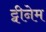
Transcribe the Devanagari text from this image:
ट्वीनेम